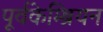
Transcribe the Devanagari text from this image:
पूर्वकेम्ब्रियन